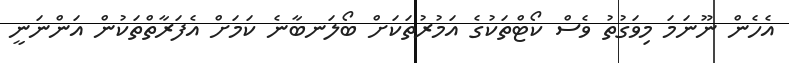
އެހެން ނޫނަމަ މިވަގުތު ވެސް ކޯޓްތަކުގެ އަމުރުތަކަށް ބޯލަނބާނެ ކަމަށް އެފަރާތްތަކުން އަންނަނީ